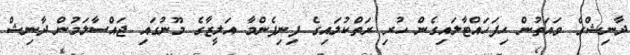
ދާނިޝްގެ ވައަތުން ހިފަހައްޓާލައިގެން ހުރި ރަތްކުލައިގެ ފިނިފެންމާ އަލީޒާގެ މޫނުގައި ޖައްސާލަމުން ދާނިޝް